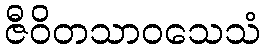
ဇီဝိတသာဝသေသံ